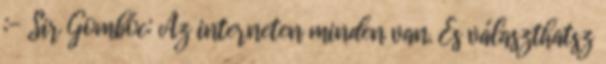
:- Sir Gombóc: Az interneten minden van. És választhatsz